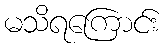
မသိရကြောင်း